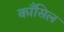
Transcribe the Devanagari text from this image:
काँसिल